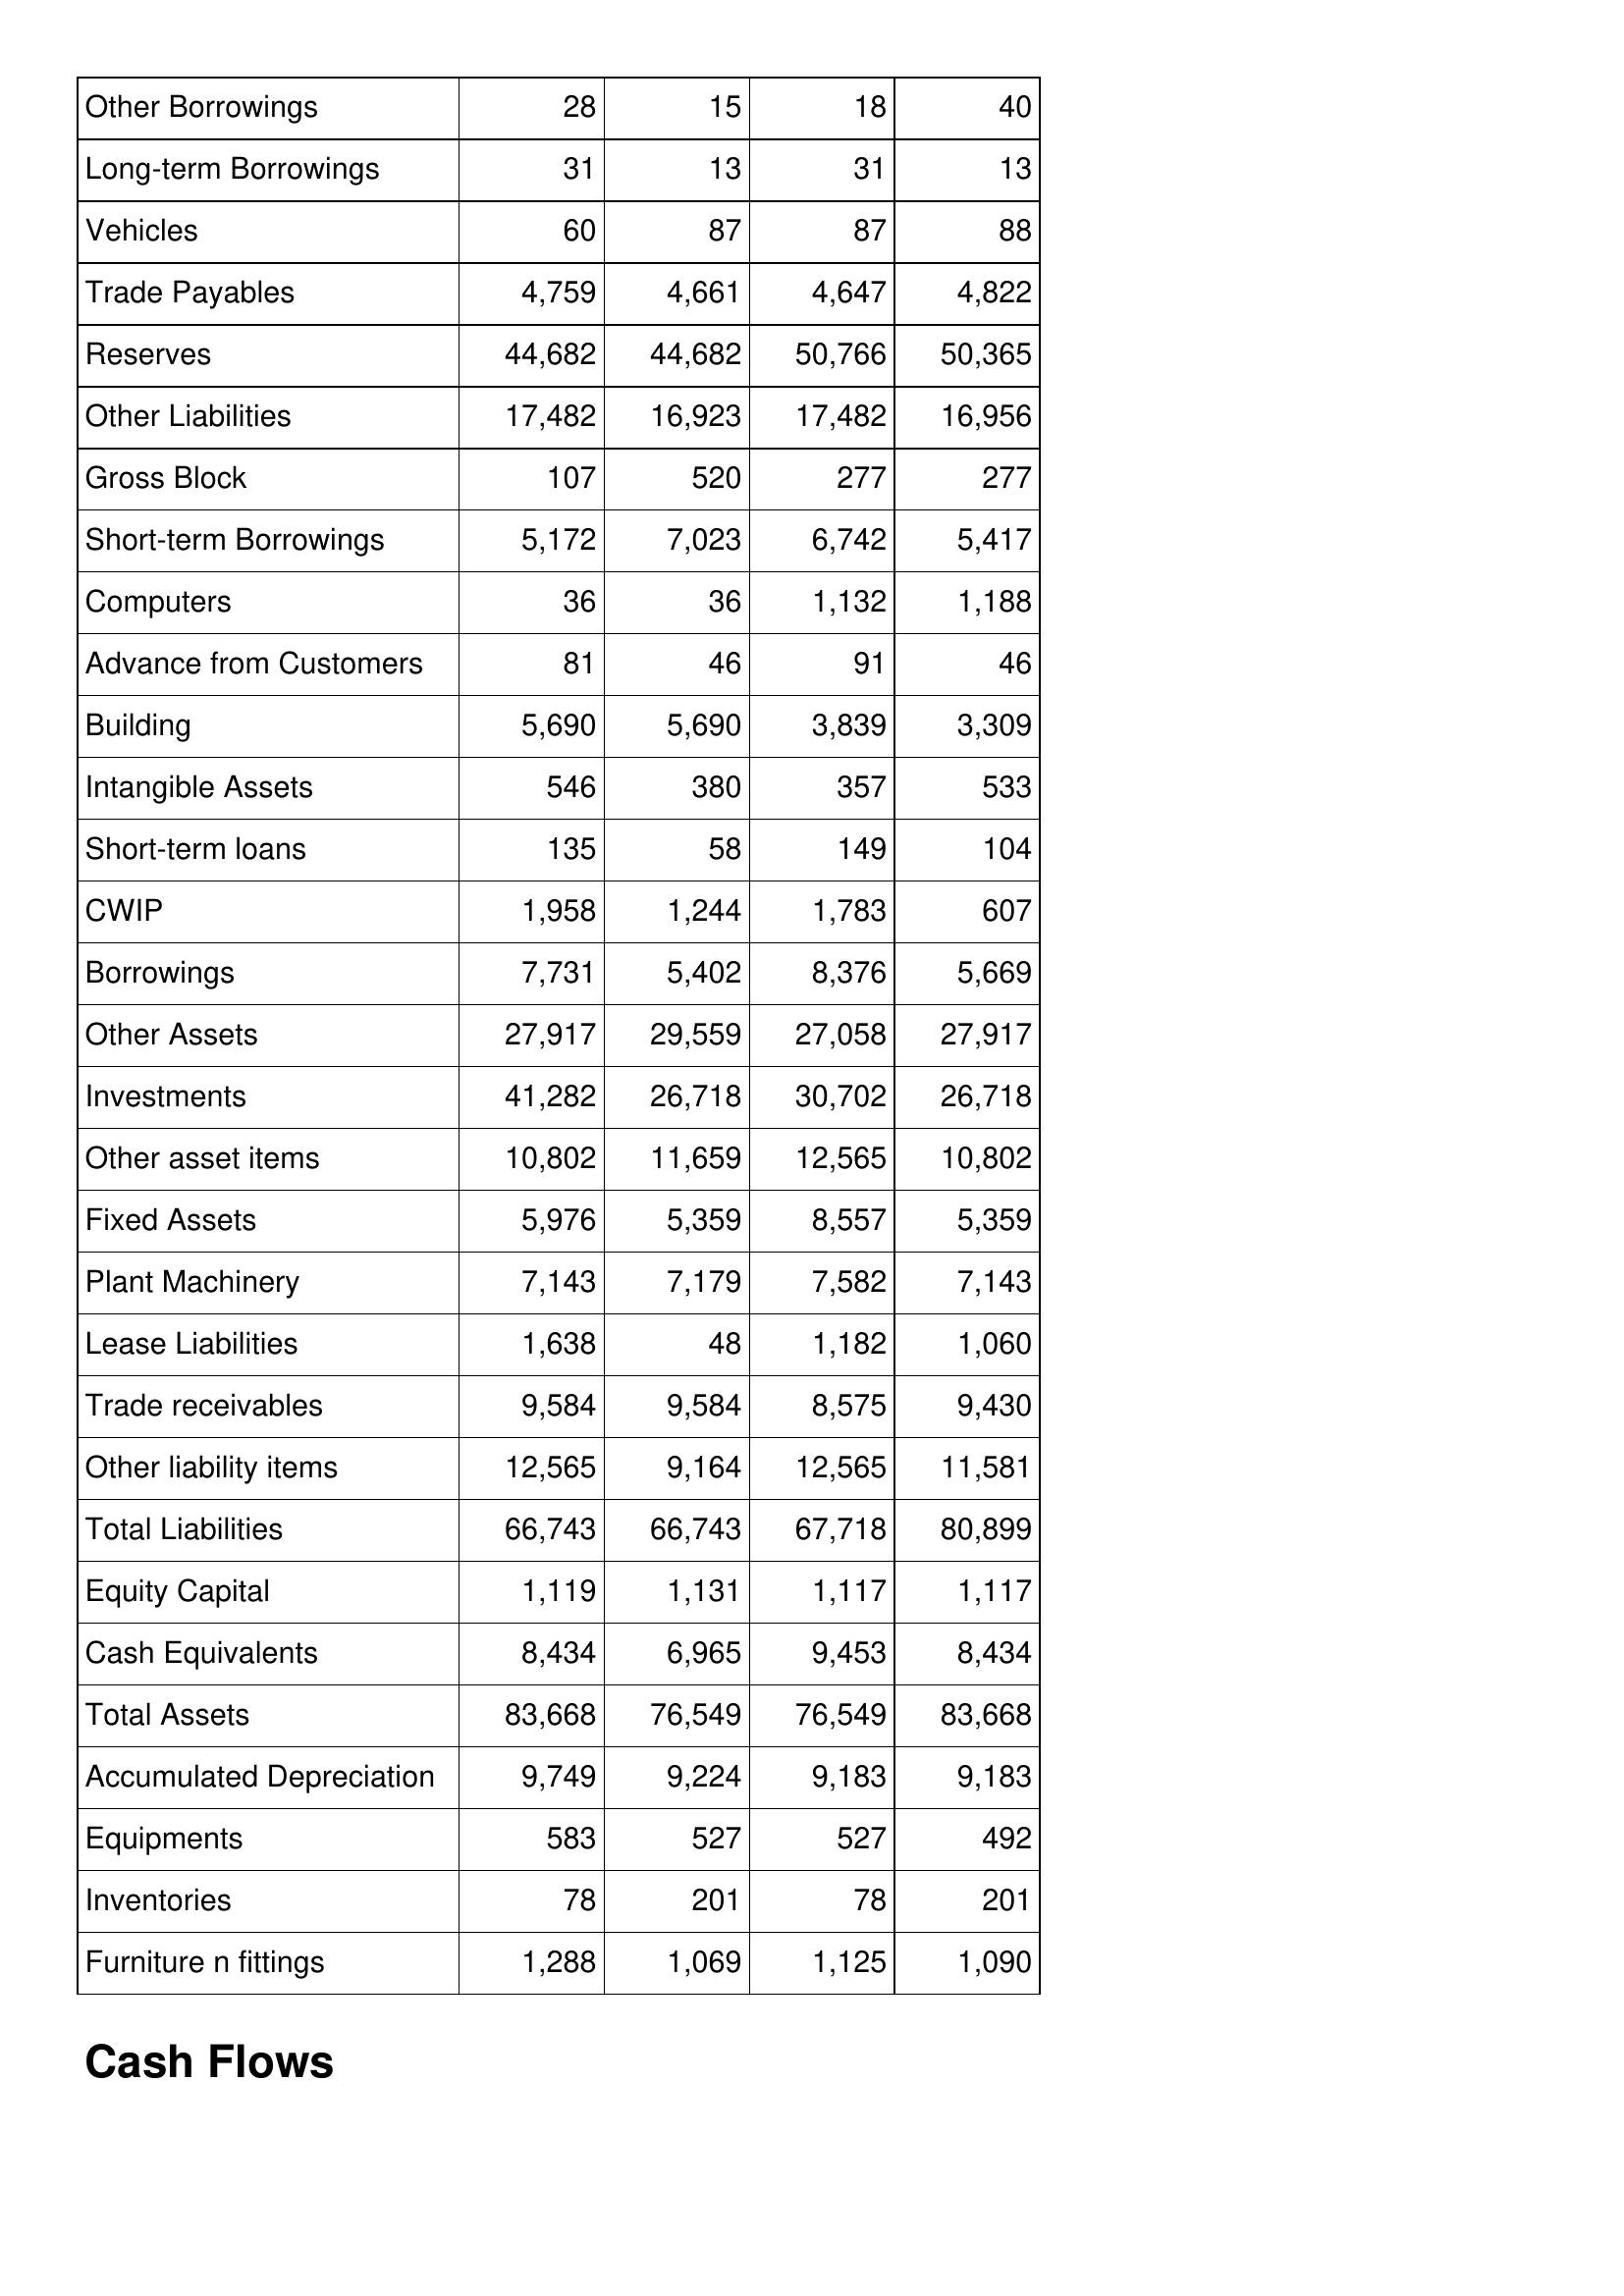
Mar-08: Balance Sheet: Other Borrowings: 28
Long-term Borrowings: 31
Vehicles: 60
Trade Payables: 4,759
Reserves: 44,682
Other Liabilities: 17,482
Gross Block: 107
Short-term Borrowings: 5,172
Computers: 36
Advance from Customers: 81
Building: 5,690
Intangible Assets: 546
Short-term loans: 135
CWIP: 1,958
Borrowings: 7,731
Other Assets: 27,917
Investments: 41,282
Other asset items: 10,802
Fixed Assets: 5,976
Plant Machinery: 7,143
Lease Liabilities: 1,638
Trade receivables: 9,584
Other liability items: 12,565
Total Liabilities: 66,743
Equity Capital: 1,119
Cash Equivalents: 8,434
Total Assets: 83,668
Accumulated Depreciation: 9,749
Equipments: 583
Inventories: 78
Furniture n fittings: 1,288
Mar-07: Balance Sheet: Other Borrowings: 15
Long-term Borrowings: 13
Vehicles: 87
Trade Payables: 4,661
Reserves: 44,682
Other Liabilities: 16,923
Gross Block: 520
Short-term Borrowings: 7,023
Computers: 36
Advance from Customers: 46
Building: 5,690
Intangible Assets: 380
Short-term loans: 58
CWIP: 1,244
Borrowings: 5,402
Other Assets: 29,559
Investments: 26,718
Other asset items: 11,659
Fixed Assets: 5,359
Plant Machinery: 7,179
Lease Liabilities: 48
Trade receivables: 9,584
Other liability items: 9,164
Total Liabilities: 66,743
Equity Capital: 1,131
Cash Equivalents: 6,965
Total Assets: 76,549
Accumulated Depreciation: 9,224
Equipments: 527
Inventories: 201
Furniture n fittings: 1,069
Mar-06: Balance Sheet: Other Borrowings: 18
Long-term Borrowings: 31
Vehicles: 87
Trade Payables: 4,647
Reserves: 50,766
Other Liabilities: 17,482
Gross Block: 277
Short-term Borrowings: 6,742
Computers: 1,132
Advance from Customers: 91
Building: 3,839
Intangible Assets: 357
Short-term loans: 149
CWIP: 1,783
Borrowings: 8,376
Other Assets: 27,058
Investments: 30,702
Other asset items: 12,565
Fixed Assets: 8,557
Plant Machinery: 7,582
Lease Liabilities: 1,182
Trade receivables: 8,575
Other liability items: 12,565
Total Liabilities: 67,718
Equity Capital: 1,117
Cash Equivalents: 9,453
Total Assets: 76,549
Accumulated Depreciation: 9,183
Equipments: 527
Inventories: 78
Furniture n fittings: 1,125
Mar-05: Balance Sheet: Other Borrowings: 40
Long-term Borrowings: 13
Vehicles: 88
Trade Payables: 4,822
Reserves: 50,365
Other Liabilities: 16,956
Gross Block: 277
Short-term Borrowings: 5,417
Computers: 1,188
Advance from Customers: 46
Building: 3,309
Intangible Assets: 533
Short-term loans: 104
CWIP: 607
Borrowings: 5,669
Other Assets: 27,917
Investments: 26,718
Other asset items: 10,802
Fixed Assets: 5,359
Plant Machinery: 7,143
Lease Liabilities: 1,060
Trade receivables: 9,430
Other liability items: 11,581
Total Liabilities: 80,899
Equity Capital: 1,117
Cash Equivalents: 8,434
Total Assets: 83,668
Accumulated Depreciation: 9,183
Equipments: 492
Inventories: 201
Furniture n fittings: 1,090